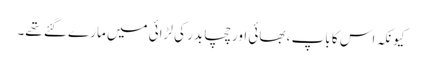
کیونکہ اس کا باپ ، بھائی اور چچا بدر کی لڑائی میں مارے گئے تھے۔